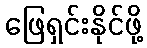
ဖြေရှင်းနိုင်ဖို့